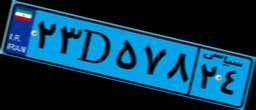
۲۳D۵۷۸۲۴